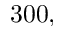
3 0 0 ,